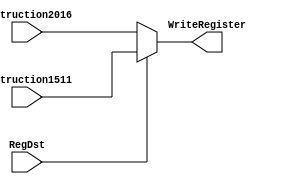
module Mux5bits2entradas(
    input RegDst,
    output reg [4:0] WriteRegister,
    input [4:0] Instruction2016,
    input [4:0] Instruction1511
    );

	initial begin WriteRegister <= 5'b0; end

	always @ (*) begin
		if (~RegDst)
			WriteRegister <= Instruction2016;
		else
			WriteRegister <= Instruction1511;
	end
	

endmodule